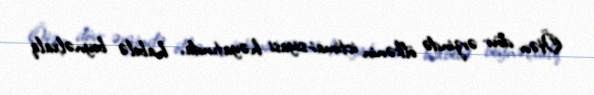
Ötən dövr ərzində ölkənin ictimai-siyasi həyatında, habelə beynəlxalq